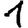
Digit: 1